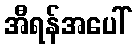
အီရန်အပေါ်